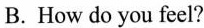
B.How do you feel?